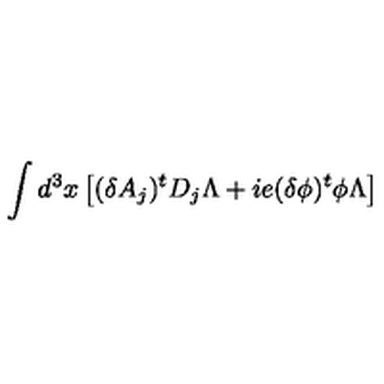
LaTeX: \int d ^ { 3 } x \left[ ( \delta A _ { j } ) ^ { t } D _ { j } \Lambda + i e ( \delta \phi ) ^ { t } \phi \Lambda \right]